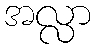
အလ္လာ